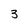
Character: 3